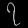
Digit: ၇